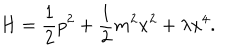
H = \frac { 1 } { 2 } p ^ { 2 } + \frac { 1 } { 2 } m ^ { 2 } x ^ { 2 } + \lambda x ^ { 4 } .